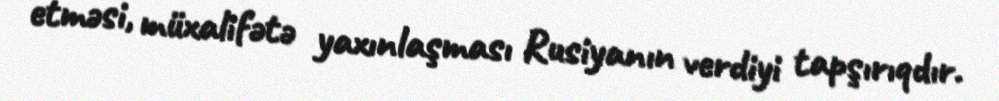
etməsi, müxalifətə yaxınlaşması Rusiyanın verdiyi tapşırıqdır.